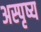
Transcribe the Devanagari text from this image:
अस्पृष्य